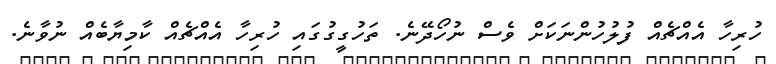
ހުރިހާ އެއްޗެއް ފުލުހުންނަކަށް ވެސް ނުހޯދޭނެ. ތަހުގީގުގައި ހުރިހާ އެއްޗެއް ކާމިޔާބެއް ނުވާނެ.